Etiology and epidemiology of plague
Disease focus: Plague
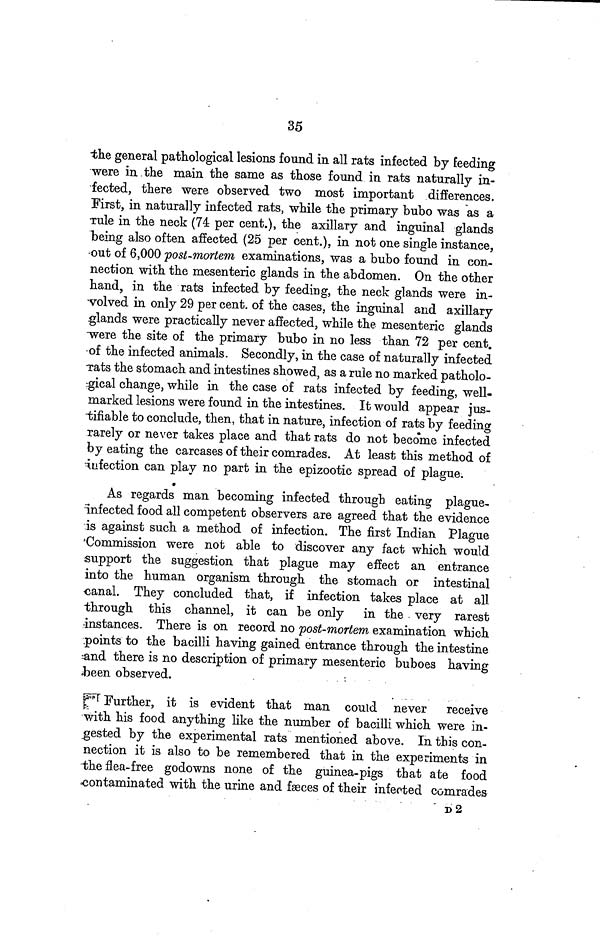
35
the general pathological lesions found in all rats infected by feeding
were in the main the same as those found in rats naturally in-
fected, there were observed two most important differences.
First, in naturally infected rats, while the primary bubo was as a
rule in the neck (74 per cent.), the axillary and inguinal glands
being also often affected (25 per cent.), in not one single instance,
out of 6,000 post-mortem examinations, was a bubo found in con-
nection with the mesenteric glands in the abdomen. On the other
hand, in the rats infected by feeding, the neck glands were in-
volved in only 29 per cent. of the cases, the inguinal and axillary
glands were practically never affected, while the mesenteric glands
were the site of the primary bubo in no less than 72 per cent.
of the infected animals. Secondly, in the case of naturally infected
Tats the stomach and intestines showed, as a rule no marked patholo-
gical change, while in the case of rats infected by feeding, well-
marked lesions were found in the intestines. It would appear jus-
tifiable to conclude, then, that in nature, infection of rats by feeding
rarely or never takes place and that rats do not become infected
by eating the carcases of their comrades. At least this method of
infection can play no part in the epizootic spread of plague.
As regards man becoming infected through eating plague-
infected food all competent observers are agreed that the evidence
is against such a method of infection. The first Indian Plague
Commission were not able to discover any fact which would
support the suggestion that plague may effect an entrance
into the human organism through the stomach or intestinal
canal. They concluded that, if infection takes place at all
through this channel, it can be only in the very rarest
-instances. There is on record no post-mortem examination which
points to the bacilli having gained entrance through the intestine
and there is no description of primary mesenteric buboes having
been observed.
Further,
it is evident that man could never receive
with his food anything like the number of bacilli which were in-
gested by the experimental rats mentioned above. In this con-
nection it is also to be remembered that in the experiments in
the flea-free godowns none of the guinea-pigs that ate food
contaminated with the urine and fæces of their infected comrades
D2